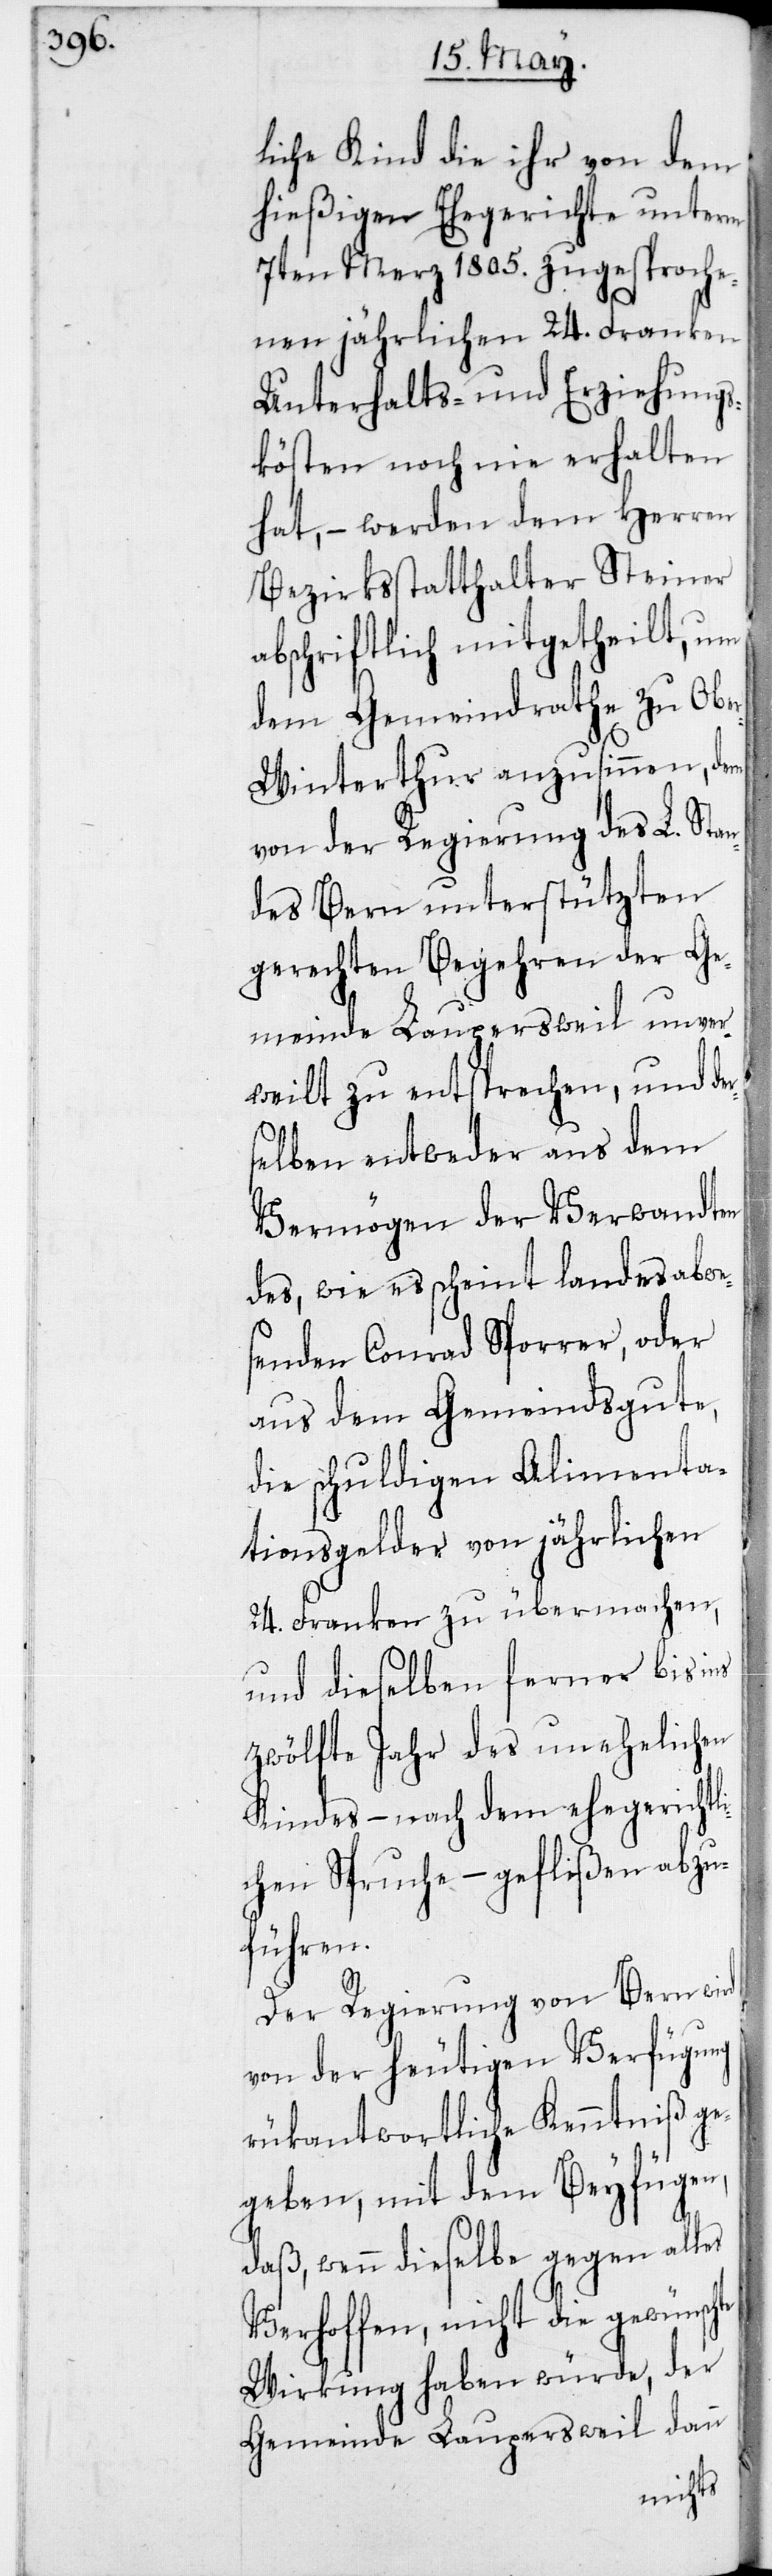
abwe¬

liche Kind die ihr von dem
hießigen Ehegerichte unterm
7ten Mez 1805. zugesproche¬
nen jährlichen 24. Franken
Unterhalts- und Erziehungs¬
kösten noch nie erhalten
hat, – werden dem Herren
Bezirksstatthalter Steiner
abschriftlich mitgetheilt, um
dem Gemeindrathe zu Obe¬
r-Winterthur anzusinnen, dem
von der Regierung des L. Stan¬
des Bern unterstützten
gerechten Begehren der Ge¬
meinde Laupersweil unver¬
weilt zu entsperechen, und der¬
selben entweder aus dem
Vermögen der Verwandten
senden Conrad Sporrer, oder
aus dem Gemeindsgute,
die schuldigen Alimenta¬
tionsgelder von jährlichen
24. Franken zu übermachen,
und dieselben ferner bis ins
zwölfte Jahr des unehelichen
Kindes, – nach dem ehegerichtl¬
ichen Spruche, – geflißen abzu¬
führen.
Der Regierung von Bern wird
von der heutigen Verfügung
rükantwortliche Kenntniß ge¬
geben, mit dem Beyfügen,
daß wenn dieselbe gegen alles
Verhoffen, nicht die gewüns¬
Wirkung haben würde, der
Gemeinde Laupersweil dann
chte